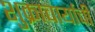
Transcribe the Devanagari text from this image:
शुक्राचार्याची